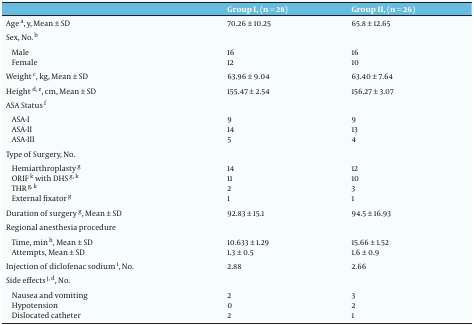
<table><thead><tr><td>[EMPTY_CELL]</td><td><b>Group I, (n = 28)</b></td><td><b>Group II, (n = 26)</b></td></tr></thead><tbody><tr><td>Age <sup>a</sup>, y, Mean ± SD</td><td>70.26 ± 10.25</td><td>65.8 ± 12.65</td></tr><tr><td>Sex, No. <sup>b</sup></td><td>[EMPTY_CELL]</td><td>[EMPTY_CELL]</td></tr><tr><td>Male</td><td>16</td><td>16</td></tr><tr><td>Female</td><td>12</td><td>10</td></tr><tr><td>Weight<sup>c</sup>, kg, Mean ± SD</td><td>63.96 ± 9.04</td><td>63.40 ± 7.64</td></tr><tr><td>Height <sup>d</sup><sup>,</sup><sup>e</sup>, cm, Mean ± SD</td><td>155.47 ± 2.54</td><td>156.27 ± 3.07</td></tr><tr><td>ASA Status <sup>f</sup></td><td>[EMPTY_CELL]</td><td>[EMPTY_CELL]</td></tr><tr><td>ASA-I</td><td>9</td><td>9</td></tr><tr><td>ASA-II</td><td>14</td><td>13</td></tr><tr><td>ASA-III</td><td>5</td><td>4</td></tr><tr><td>Type of Surgery, No.</td><td>[EMPTY_CELL]</td><td>[EMPTY_CELL]</td></tr><tr><td>Hemiarthroplasty <sup>g</sup></td><td>14</td><td>12</td></tr><tr><td>ORIF <sup>k</sup> with DHS <sup>g</sup><sup>, </sup><sup>k</sup></td><td>11</td><td>10</td></tr><tr><td>THR<sup>g</sup><sup>,</sup><sup>k</sup></td><td>2</td><td>3</td></tr><tr><td>External fixator <sup>g</sup></td><td>1</td><td>1</td></tr><tr><td>Duration of surgery <sup>g</sup>, Mean± SD</td><td>92.83 ± 15.1</td><td>94.5 ± 16.93</td></tr><tr><td>Regional anesthesia procedure</td><td>[EMPTY_CELL]</td><td>[EMPTY_CELL]</td></tr><tr><td>Time, min <sup>h</sup>, Mean ± SD</td><td>10.633 ± 1.29</td><td>15.66 ± 1.52</td></tr><tr><td>Attempts, Mean ± SD</td><td>1.3 ± 0.5</td><td>1.6 ± 0.9</td></tr><tr><td>Injection of diclofenac sodium<sup>i</sup>, No.</td><td>2.88</td><td>2.66</td></tr><tr><td>Side effects <sup>j</sup><sup>,</sup><sup>d</sup>, No.</td><td>[EMPTY_CELL]</td><td>[EMPTY_CELL]</td></tr><tr><td>Nausea and vomiting</td><td>2</td><td>3</td></tr><tr><td>Hypotension</td><td>0</td><td>2</td></tr><tr><td>Dislocated catheter</td><td>2</td><td>1</td></tr></tbody></table>